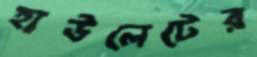
হাউলেটের